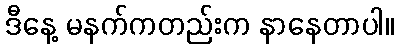
ဒီနေ့ မနက်ကတည်းက နာနေတာပါ။